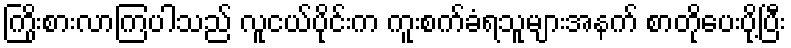
ကြိုးစားလာကြပါသည် လူငယ်ပိုင်းက ကူးစက်ခံရသူများအနက် စာတိုပေးပို့ပြီး